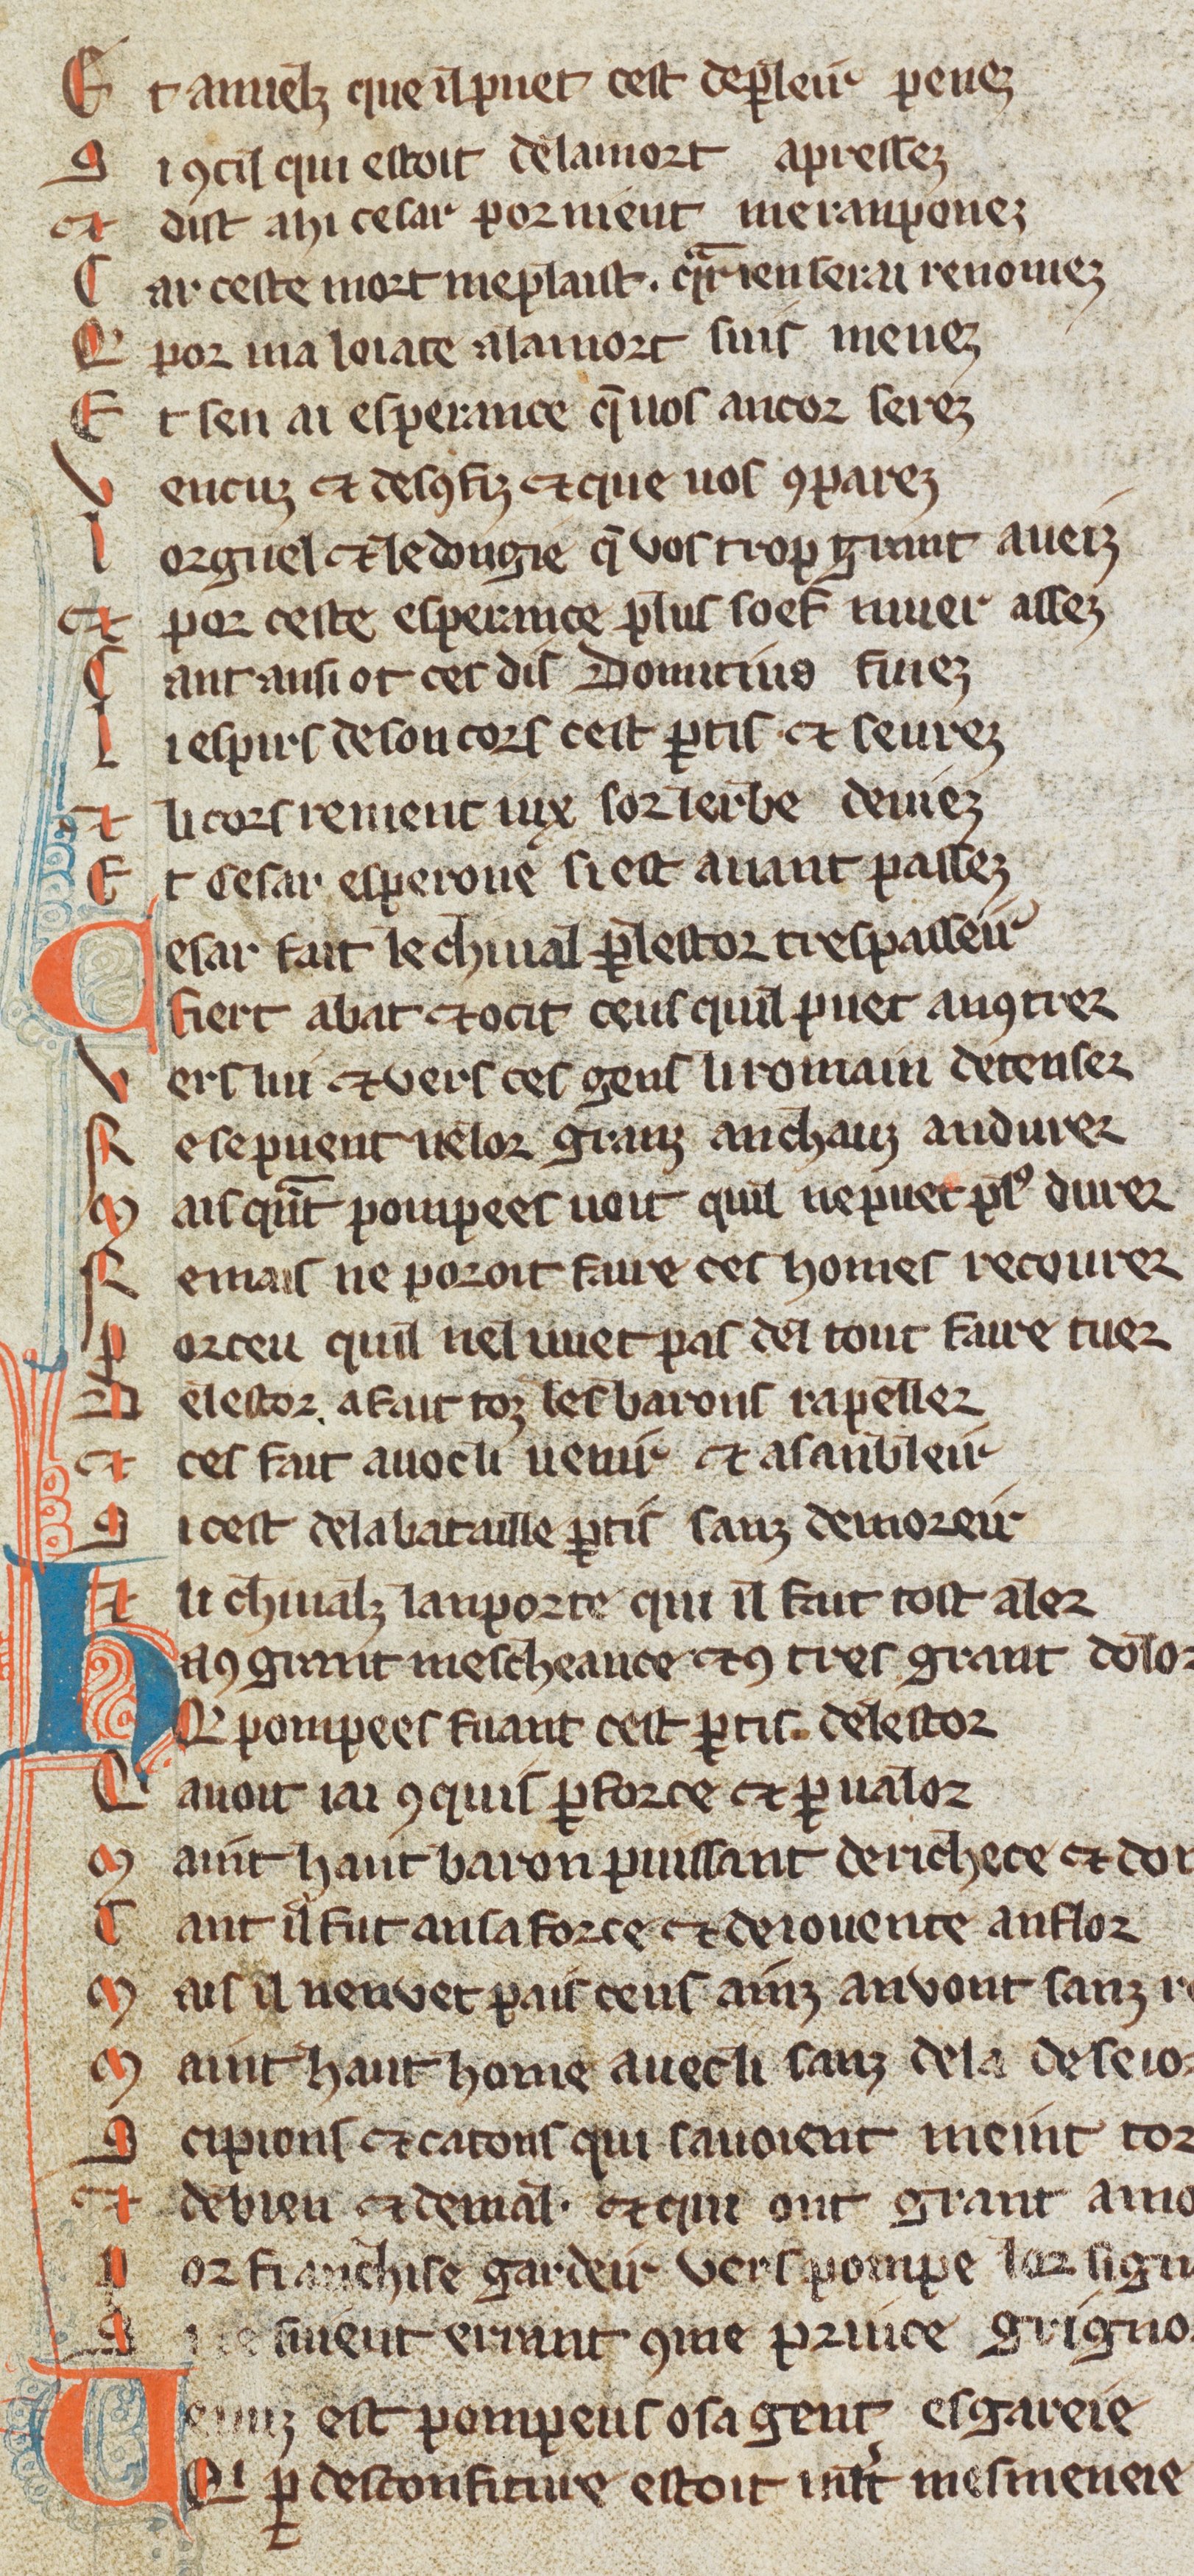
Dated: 1270–1330